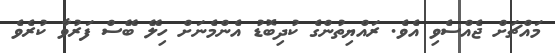
މައްޗަށް ޖެއްސެވި އެވެ. ރައްޔިތުންގެ ކުދިބޮޑު އެންމެނަށް ހިލޭ ބޭސް ފަރުވާ ކުރެވެ